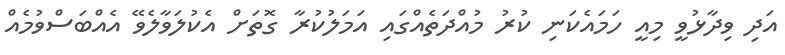
އަދި ވިދާޅުވީ މިއީ ހަމައެކަނި ކުރު މުއްދަތެއްގައި އަމަލުކުރާ ގޮތަށް އެކުލަވާލެވޭ އެއްބަސްވުމެއް